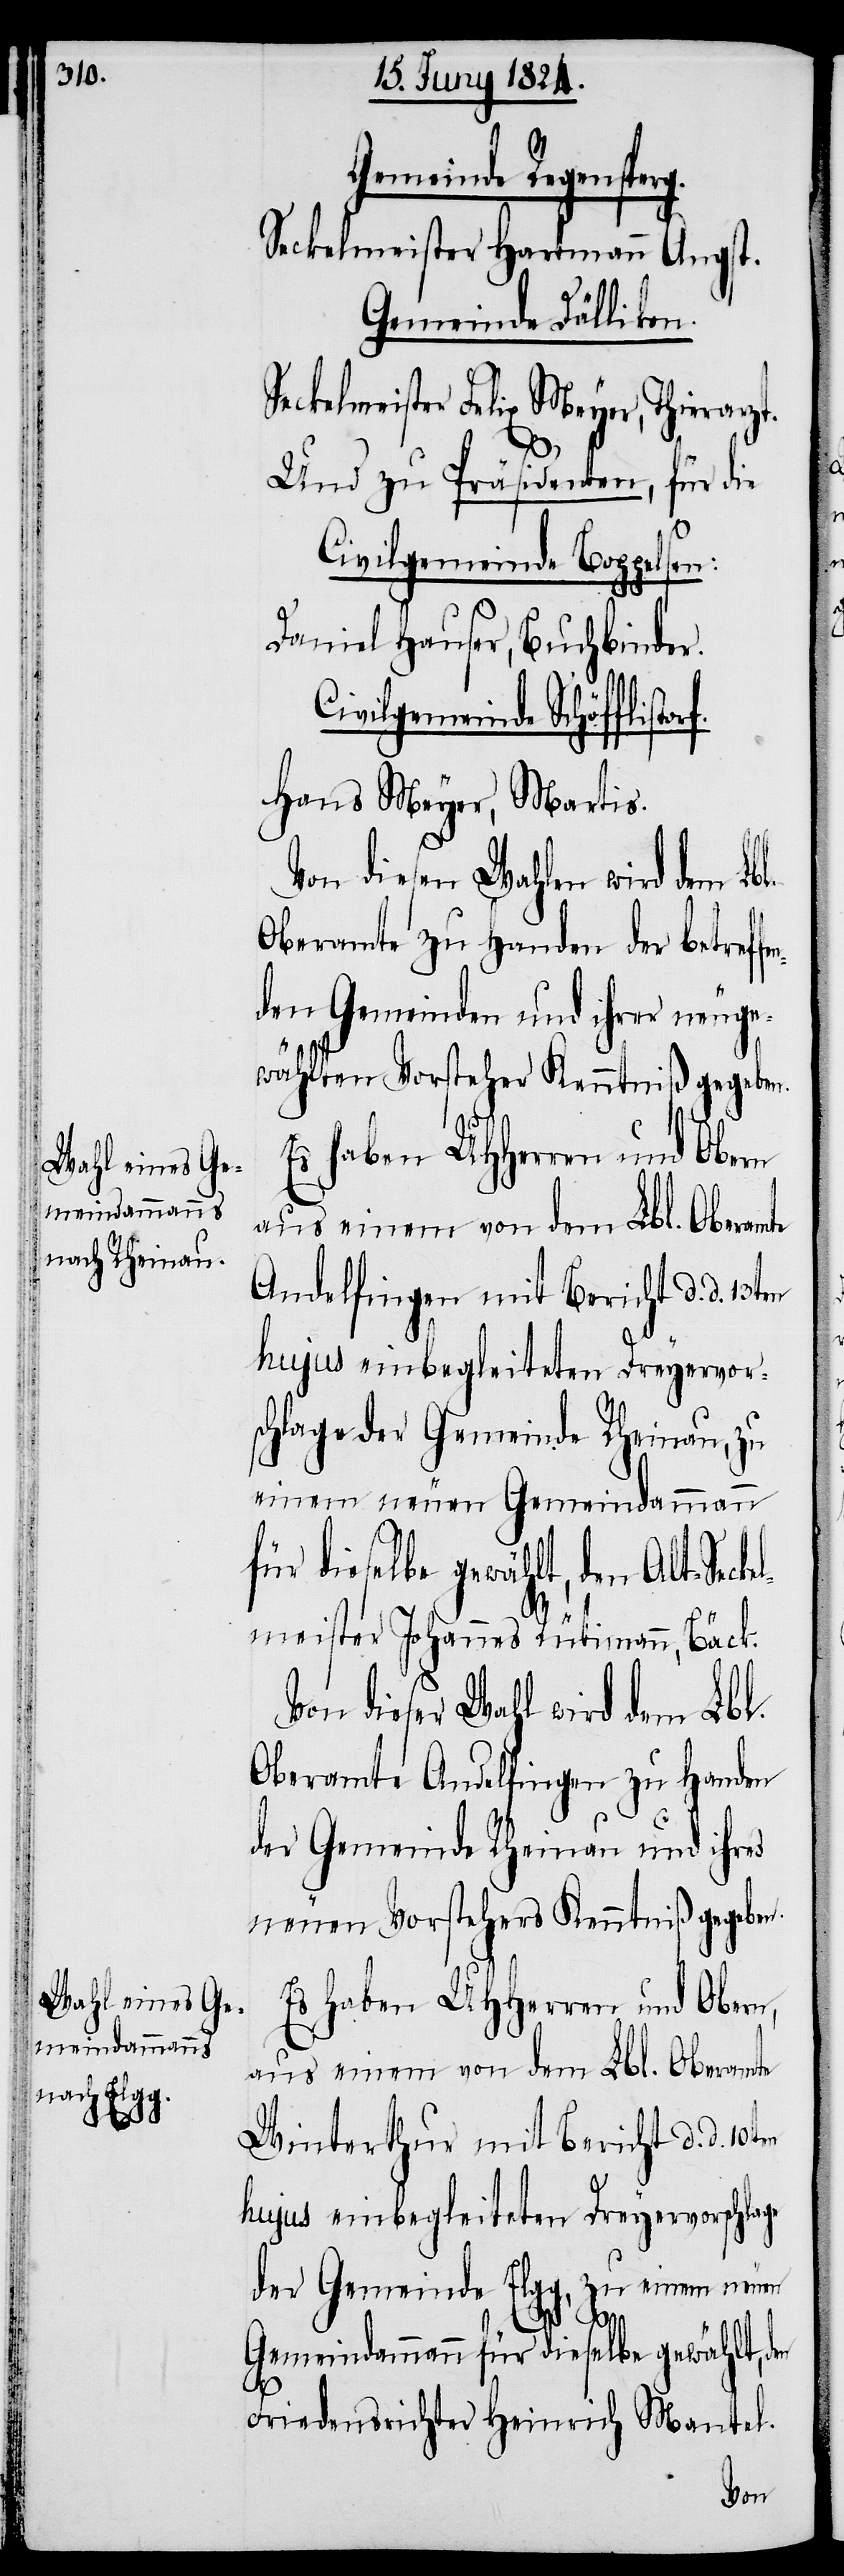
orf.

Gemeinde Regenspe¬
Seckelmeister Hartmann Angst.
Gemeinde Dällikon.
Seckelmeister Felix Meyer, Thierarz¬
Und zu Präsidenten, für die
Civilgemeinde Boppelsen:
Daniel Hauser, Buchbinder.
Civilgemeinde Schöfflist¬
Hans Meyer, Martis.
Von diesen Wahlen wird dem Lbl.
Oberamte zu Handen der betref¬
den Gemeinden und ihrer neuge¬
wählten Vorsteher Kenntniß gegeben.
Andelfingen mit Bericht d. d. 13ten
hujus einbegleiteten Dreyervor¬
schlage der Gemeinde Rheinau, zu
einem neuen Gemeindammann
für dieselbe gewählt, den Alt-Sec¬
meister Johannes Rütimann, Bäck.
Von dieser Wahl wird dem Lbl.
Oberamte Andelfingen zu Handen
der Gemeinde Rheinau und ihres
neuen Vorstehers Kenntniß gegeben.
Es haben UHHerren und Obern,
aus einem von dem Lbl. Oberamte
Winterthur mit Bericht d. d. 10ten
hujus einbegleiteten Dreyervorschlage
der Gemeinde Elgg, zu einem neuen
kel¬
Gemeindammann für dieselbe gewählt, den
Friedensrichter Heinrich Mantel.